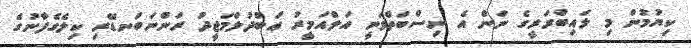
ކިޔުމުން މި ލައިބްރަރީގެ ނަން އެ ނިސްބަތްވަނީ އަލްއަމީރު ޢަބްދުލްމަޖީދު ރަންނަބަނޑޭރި ކިލެގެފާނުގެ